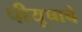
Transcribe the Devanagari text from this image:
पीयूषाचे